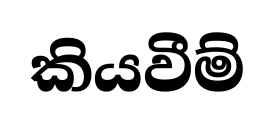
කියවීම්